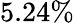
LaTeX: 5.24\%